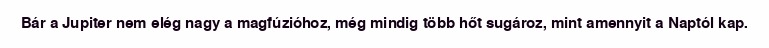
Bár a Jupiter nem elég nagy a magfúzióhoz, még mindig több hőt sugároz, mint amennyit a Naptól kap.